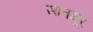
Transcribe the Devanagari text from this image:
सांतमूर